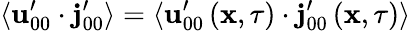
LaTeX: \langle\mathbf{u}_{00}^{\prime}\cdot\mathbf{j}_{00}^{\prime}\rangle=\langle\mathbf{u}_{00}^{\prime}\left(\mathbf{x},\tau\right)\cdot\mathbf{j}_{00}^{\prime}\left(\mathbf{x},\tau\right)\rangle